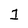
Character: 1